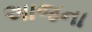
અાજના